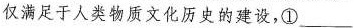
仅满足于人类物质文化历史的建设，①___